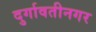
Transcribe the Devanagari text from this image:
दुर्गावतीनगर